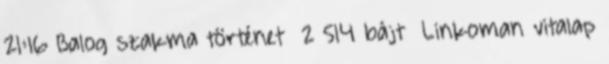
21:16 ‎Balog szakma történet ‎ 2 514 bájt ‎Linkoman vitalap